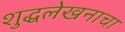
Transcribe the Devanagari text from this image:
शुद्धलेखनाचा